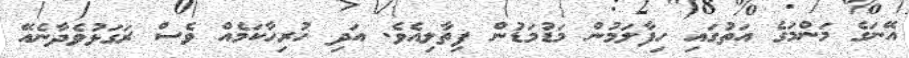
އޭނަގެ މަންމަގެ އަތުގައި ހިފާލަމުން މަޑުމަޑުން ފިތާލިއެވެ. އަދި ހުރިހާކަމެއް ވެސް ރަގަޅުވެދާނެއޭ